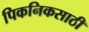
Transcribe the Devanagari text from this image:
पिकनिकसाठी